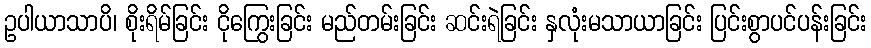
ဥပါယာသာပိ၊ စိုးရိမ်ခြင်း ငိုကြွေးခြင်း မည်တမ်းခြင်း ဆင်းရဲခြင်း နှလုံးမသာယာခြင်း ပြင်းစွာပင်ပန်းခြင်း